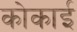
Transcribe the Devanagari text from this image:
कोकाई